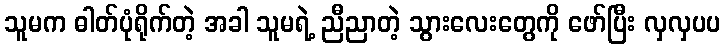
သူမက ဓါတ်ပုံရိုက်တဲ့ အခါ သူမရဲ့ ညီညာတဲ့ သွားလေးတွေကို ဖော်ပြီး လှလှပပ